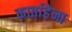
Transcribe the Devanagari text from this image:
कार्ताहेना